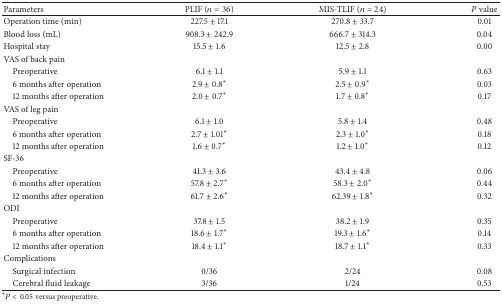
<table><thead><tr><td><b>Parameters </b></td><td><b>PLIF (<i>n</i> = 36)</b></td><td><b>MIS-TLIF (<i>n</i> = 24)</b></td><td><b><i>P</i> value</b></td></tr></thead><tbody><tr><td>Operation time (min)</td><td>227.5 ± 17.1</td><td>270.8 ± 33.7</td><td>0.01</td></tr><tr><td>Blood loss (mL)</td><td>908.3 ± 242.9</td><td>666.7 ± 314.3</td><td>0.04</td></tr><tr><td>Hospital stay</td><td>15.5 ± 1.6</td><td>12.5 ± 2.8</td><td>0.00</td></tr><tr><td>VAS of back pain</td><td>[EMPTY_CELL]</td><td>[EMPTY_CELL]</td><td>[EMPTY_CELL]</td></tr><tr><td> Preoperative</td><td>6.1 ± 1.1</td><td>5.9 ± 1.1</td><td>0.63</td></tr><tr><td> 6 months after operation</td><td>2.9 ± 0.8<sup><i>∗</i></sup></td><td>2.5 ± 0.9<sup><i>∗</i></sup></td><td>0.03</td></tr><tr><td> 12 months after operation</td><td>2.0 ± 0.7<sup><i>∗</i></sup></td><td>1.7 ± 0.8<sup><i>∗</i></sup></td><td>0.17</td></tr><tr><td>VAS of leg pain</td><td>[EMPTY_CELL]</td><td>[EMPTY_CELL]</td><td>[EMPTY_CELL]</td></tr><tr><td> Preoperative</td><td>6.1 ± 1.0</td><td>5.8 ± 1.4</td><td>0.48</td></tr><tr><td> 6 months after operation</td><td>2.7 ± 1.01<sup><i>∗</i></sup></td><td>2.3 ± 1.0<sup><i>∗</i></sup></td><td>0.18</td></tr><tr><td> 12 months after operation</td><td>1.6 ± 0.7<sup><i>∗</i></sup></td><td>1.2 ± 1.0<sup><i>∗</i></sup></td><td>0.12</td></tr><tr><td>SF-36</td><td>[EMPTY_CELL]</td><td>[EMPTY_CELL]</td><td>[EMPTY_CELL]</td></tr><tr><td> Preoperative</td><td>41.3 ± 3.6</td><td>43.4 ± 4.8</td><td>0.06</td></tr><tr><td> 6 months after operation</td><td>57.8 ± 2.7<sup><i>∗</i></sup></td><td>58.3 ± 2.0<sup><i>∗</i></sup></td><td>0.44</td></tr><tr><td> 12 months after operation</td><td>61.7 ± 2.6<sup><i>∗</i></sup></td><td>62.39 ± 1.8<sup><i>∗</i></sup></td><td>0.32</td></tr><tr><td>ODI</td><td>[EMPTY_CELL]</td><td>[EMPTY_CELL]</td><td>[EMPTY_CELL]</td></tr><tr><td> Preoperative</td><td>37.8 ± 1.5</td><td>38.2 ± 1.9</td><td>0.35</td></tr><tr><td> 6 months after operation</td><td>18.6 ± 1.7<sup><i>∗</i></sup></td><td>19.3 ± 1.6<sup><i>∗</i></sup></td><td>0.14</td></tr><tr><td> 12 months after operation</td><td>18.4 ± 1.1<sup><i>∗</i></sup></td><td>18.7 ± 1.1<sup><i>∗</i></sup></td><td>0.33</td></tr><tr><td>Complications</td><td>[EMPTY_CELL]</td><td>[EMPTY_CELL]</td><td>[EMPTY_CELL]</td></tr><tr><td> Surgical infection</td><td>0/36</td><td>2/24</td><td>0.08</td></tr><tr><td> Cerebral fluid leakage</td><td>3/36</td><td>1/24</td><td>0.53</td></tr></tbody></table>